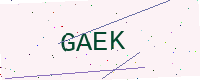
Text: GAEK